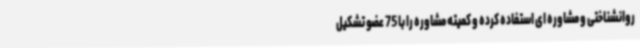
روانشناختی و مشاوره ای استفاده کرده و کمیته مشاوره را با 75 عضو تشکیل